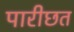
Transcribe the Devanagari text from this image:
पारीछत